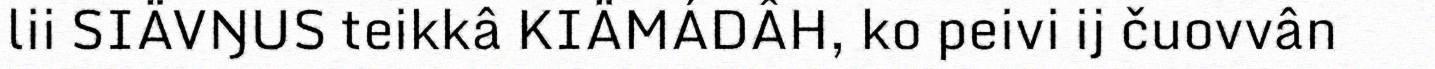
lii SIÄVŊUS teikkâ KIÄMÁDÂH, ko peivi ij čuovvân